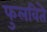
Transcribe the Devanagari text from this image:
फुलविते